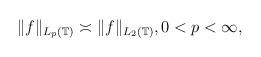
LaTeX: \begin{align*} \|f\|_{L_p(\mathbb{T})}\asymp \|f\|_{L_2(\mathbb{T})}, 0<p<\infty,\end{align*}